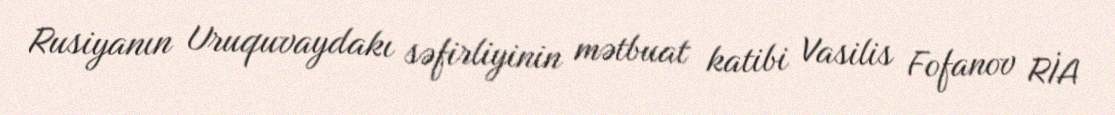
Rusiyanın Uruquvaydakı səfirliyinin mətbuat katibi Vasilis Fofanov RİA